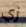
زي